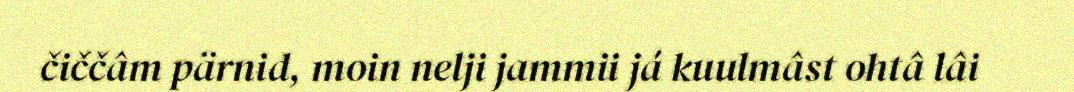
čiččâm pärnid, moin nelji jammii já kuulmâst ohtâ lâi